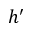
h ^ { \prime }